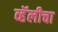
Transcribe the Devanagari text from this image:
व्हॅलीचा